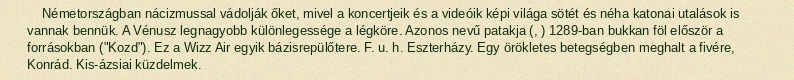
Németországban nácizmussal vádolják őket, mivel a koncertjeik és a videóik képi világa sötét és néha katonai utalások is vannak bennük. A Vénusz legnagyobb különlegessége a légköre. Azonos nevű patakja (, ) 1289-ban bukkan föl először a forrásokban ("Kozd"). Ez a Wizz Air egyik bázisrepülőtere. F. u. h. Eszterházy. Egy örökletes betegségben meghalt a fivére, Konrád. Kis-ázsiai küzdelmek.